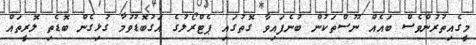
މީގެއިތުރުންވެސް ބައެއް ނޫސްތަކުން ބުނެފައިވާ ގޮތުގައި ޕެޓްރޯލުގެ އަގުބޮޑުވުމާ ގުޅިގެން ބޮޑެތި ލޮރީތައް